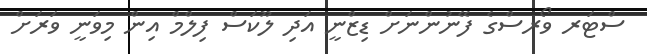
ސްޓަރ ވޯރސްގެ ފޭނުންނަށް ޑިޒްނީ އަދި ލޫކަސް ފިލްމް އިން މިވަނީ ވަރަށް